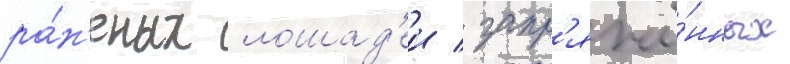
ра́н'еных лошад'еи / запр'яжё́нных